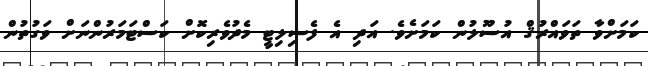
ކަމަށްވާ ތަވައްރުޤް އުސޫލުން ކަމަށެވެ. އަދި އެ ފެސިލިޓީ މެދުވެރިކޮށް ކަސްޓަމަރުންނަށް ވަގުތުން